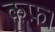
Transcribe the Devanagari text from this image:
कफ़।